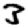
Digit: 3